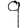
Digit: 9